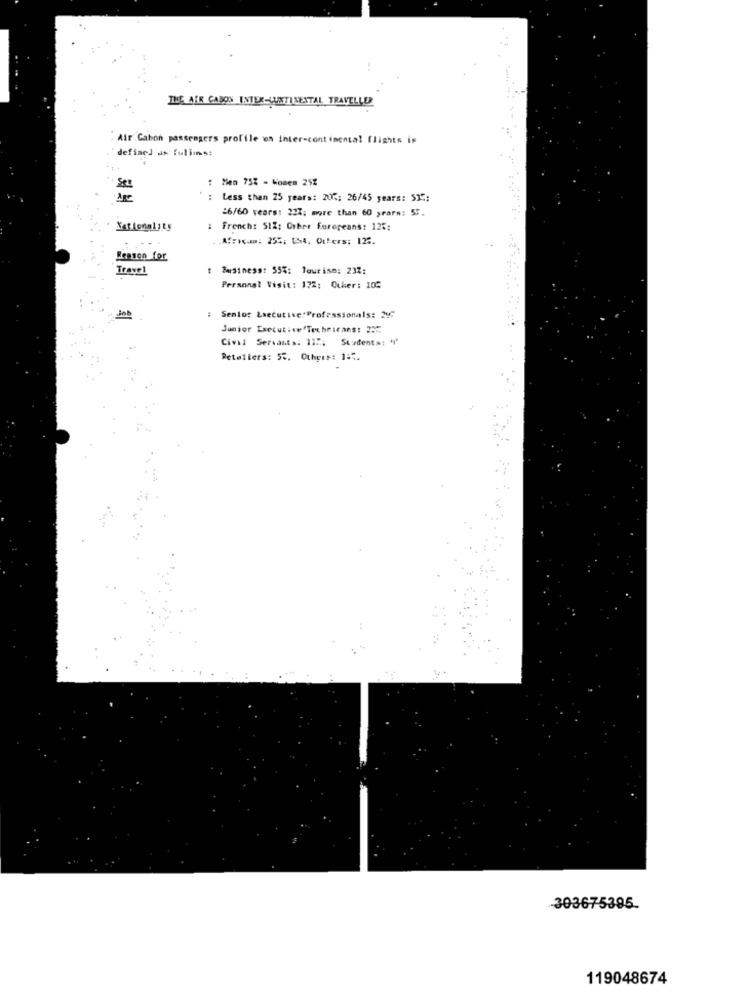
THE AIR CABON INTER-LUNTISESTAL TRAVELLER
Air Gabon passengers profile ws inter-continental flights is
defined as fullins:
: Men 75% - Women 25%
: Less than 25 years: 205: 26/45 years: 515:
26/60 vears: 22%: more than 60 years: 55.
Nationality
: French: 512; Other Europeans: 125:
.Afrom: 255; 154. Others: 122.
Reason for
Travel
Business: 55%: Tourism: 23%:
Personal Visit: 122: Other: 103
Job
: Senior Executive:Professionals: 24℃
Junior Executive Technicans: 23℃
Civil Servants: 115. Students: ''
Retailers: 52, Others: 145.
303675395.
119048674